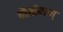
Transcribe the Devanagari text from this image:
गैर्समज्